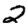
Digit: 2